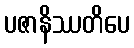
ပဇာနိဿတိပေ